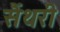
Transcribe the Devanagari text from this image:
सैंथरी